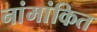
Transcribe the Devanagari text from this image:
नांमांकित